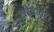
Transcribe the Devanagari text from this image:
खरेद्यांवर